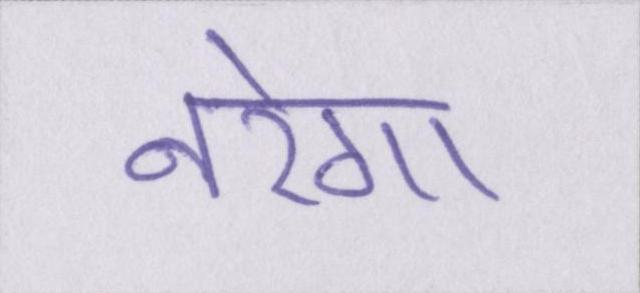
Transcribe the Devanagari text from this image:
नरेगा